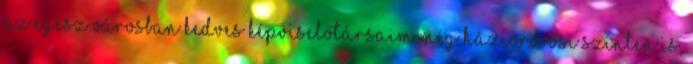
az egész városban kedves képviselőtársaim még háziorovosi szinten is,